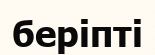
беріпті